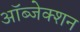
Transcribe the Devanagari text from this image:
ऑब्जेक्शन